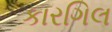
કારગિલ